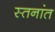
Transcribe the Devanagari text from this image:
स्तनांत